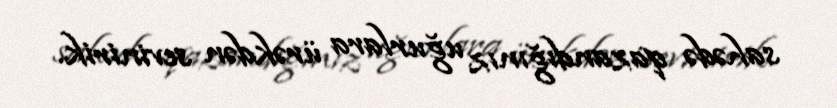
sahədə qazandığınız uğurlara ürəkdən sevinirik.